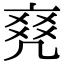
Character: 𠅫